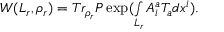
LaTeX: W ( L _ { r } , \rho _ { r } ) = T r _ { \rho _ { r } } P \exp ( \smallint _ { L _ { r } } A _ { i } ^ { a } T _ { a } d x ^ { i } ) .